Mental hospitals Bombay report 1929-33 - 1929-1933
Year: 1929
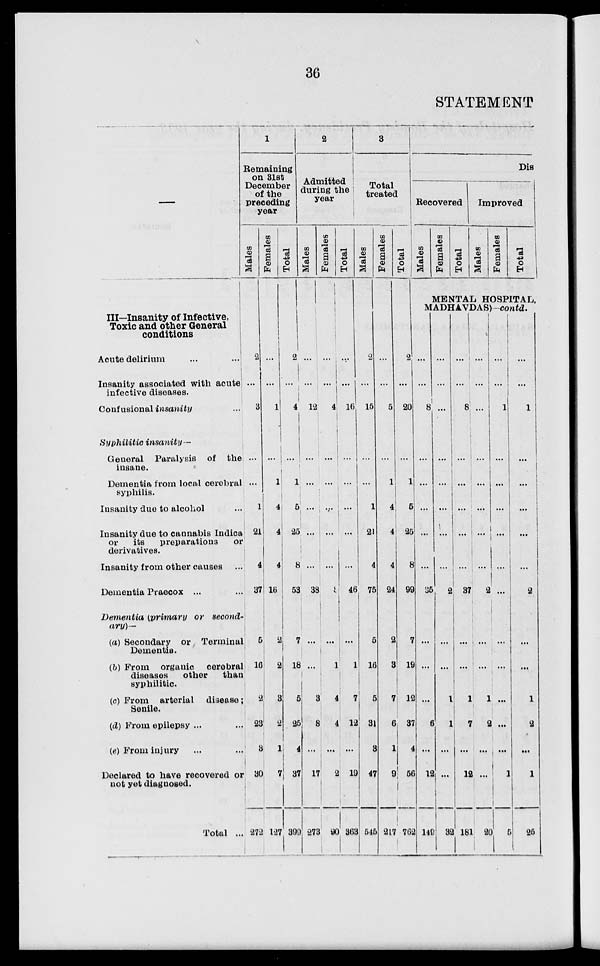
36
STATEMENT
—
III—Insanity of infective,
Toxic and other General
conditions
Acute delirium ... ...
Insanity associated with acute
infective diseases.
Confusional insanity ...
Syphilitic
insanity—
General Paralysis of the
insane.
Dementia from local cerebral
syphilis.
Insanity due to alcohol ...
Insanity due to cannabis Indica
or
its
preparations
or
derivatives.
Insanity from other causes...
Dementia Praecox ... ...
Dementia (primary or second-
ary)—
(a) Secondary or Terminal
Dementia.
(b) From organic cerebral
diseases
other
than
syphilitic.
(c) From arterial
disease
Senile.
(d) From epilepsy ... ...
(e) From injury ... ...
Declared to have recovered or
not yet diagnosed.
Total ...
1
Remaining
on 31st
December
of the
preceding
year
Males
2
...
3
...
...
1
21
4
37
5
16
2
23
3
30
272
Females
...
...
1
...
1...
4
4
4
16
2
2
3
2
1
7
127
Total
2
...
4
...
1
5
25
8
53
7
18
5
25
4
37
399
2
Admitted
during the
year
Males
...
...
12
...
...
...
...
...
38
...
...
3
8
...
17
273
Females
...
...
4
...
...
...
...
...
8
...
1
4
4
...
2
90
Total
...
...
16
...
...
...
...
...
46
...
1
7
12
...
19
363
3
Total
treated
Males
2
...
15
...
...
1
21
4
75
5
16
5
31
3
47
545
Females
...
...
5
...
1
4
4
4
24
2
3
7
6
1
9
217
Total
2
...
20
...
1
5
25
8
99
7
19
12
37
4
56
762
Dis
Recovered
Males
Females
Total
Improved
Males
Females
Total
MENTAL HOSPITAL,
MADHAVDAS)—contd.
...
...
8
...
...
...
...
...
35
...
...
...
6
...
12
149
...
...
...
...
...
...
...
...
2
...
...
1
1
...
...
32
...
...
8
...
...
...
...
...
37
...
...
1
7
...
12
181
...
...
...
...
...
...
...
...
...
2
...
...
1
2
...
...
20
...
...
1
...
...
...
...
...
...
...
...
...
...
...
...
1
5
...
...
1
...
...
...
...
...
2
...
...
1
2
...
1
25